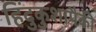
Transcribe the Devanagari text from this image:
हिंदुकुशापैकी